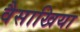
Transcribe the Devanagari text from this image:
वैसाखिया